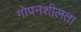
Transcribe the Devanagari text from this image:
गोपनशीलता